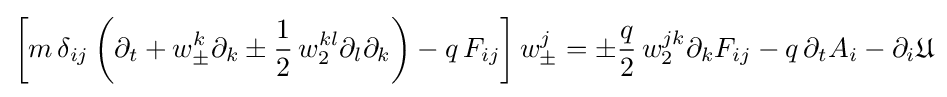
\left[m\,\delta _{ij}\left(\partial _{t}+w_{\pm }^{k}\partial _{k}\pm {\frac {1}{2}}\,w_{2}^{kl}\partial _{l}\partial _{k}\right)-q\,F_{ij}\right]w_{\pm }^{j}=\pm {\frac {q}{2}}\,w_{2}^{jk}\partial _{k}F_{ij}-q\,\partial _{t}A_{i}-\partial _{i}{\mathfrak {U}}